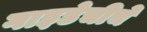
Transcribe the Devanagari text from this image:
गाइडेचीचे